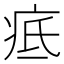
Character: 疷